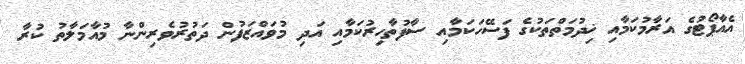
އެއާޕޯޓުގެ އަރާމުކަމާއި ޚިދުމަތްތަކުގެ ފަސޭހަކަމާއި ސާފުތާހިރުކަމާއި އަދި މުވައްޒަފުން ދަތުރުވެރިންނާ މުއާމަލާތު ކުރާ